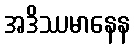
အဒိဿမာနေန